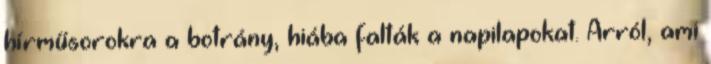
hírműsorokra a botrány, hiába falták a napilapokat. Arról, ami